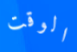
الوقت